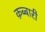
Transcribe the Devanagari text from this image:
क़ब्बारी